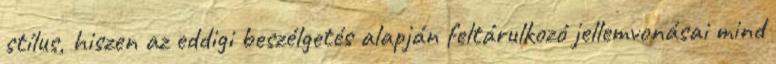
stílus, hiszen az eddigi beszélgetés alapján feltárulkozó jellemvonásai mind